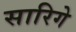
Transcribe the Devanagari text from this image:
सारिगे